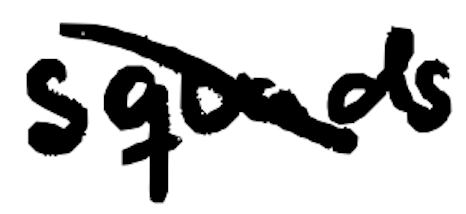
Text: squads
Cross-out: diagonal
Writing tool: digital_black